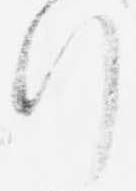
行